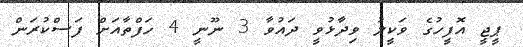
ޕީޖީ އޮފީހުގެ ވަކީލު ވިދާޅުވީ ދައުވާ 3 ނޫނީ 4 ހަފްތާއަށް ފަސްކުރަން